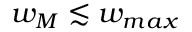
w _ { M } \lesssim w _ { m a x }